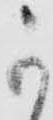
可